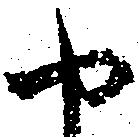
や